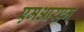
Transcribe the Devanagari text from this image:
एमआरएम